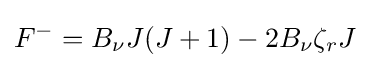
F^{-}=B_{\nu }J(J+1)-2B_{\nu }\zeta _{r}J